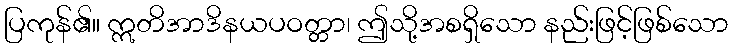
ပြကုန်၏။ ဣတိအာဒိနယပဝတ္တာ၊ ဤသို့အစရှိသော နည်းဖြင့်ဖြစ်သော